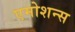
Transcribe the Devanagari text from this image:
एमोशन्स